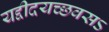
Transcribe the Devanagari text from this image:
यद्दीदयच्छवसऽ